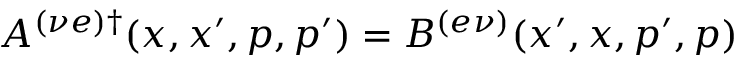
A ^ { ( \nu e ) \dagger } ( x , x ^ { \prime } , p , p ^ { \prime } ) = B ^ { ( e \nu ) } ( x ^ { \prime } , x , p ^ { \prime } , p )